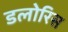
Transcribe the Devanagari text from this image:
डलोरिस